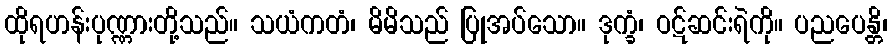
ထိုရဟန်းပုဏ္ဏားတို့သည်။ သယံကတံ၊ မိမိသည် ပြုအပ်သော။ ဒုက္ခံ၊ ဝဋ်ဆင်းရဲကို။ ပညပေန္တိ၊